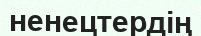
ненецтердің